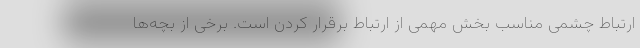
ارتباط چشمی مناسب بخش مهمی از ارتباط برقرار کردن است. برخی از بچه‌ها